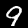
Digit: 9